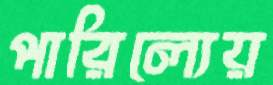
পারিল্যেয়